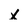
Character: X